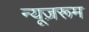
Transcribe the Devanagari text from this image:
न्यूज़रूम